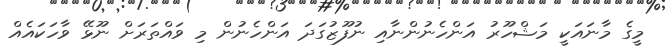
މީގެ މާނައަކީ މަޝްހޫރު އަންހެނުންނާއި ނުފޫޒުގަދަ އަންހެނުން މި ވައްތަރަށް ނޫޅޭ ވާހަކައެއް